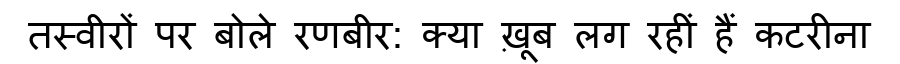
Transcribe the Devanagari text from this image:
तस्वीरों पर बोले रणबीर: क्या ख़ूब लग रहीं हैं कटरीना